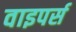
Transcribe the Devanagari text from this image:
वाइपर्स